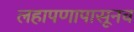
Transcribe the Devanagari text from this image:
लहापणापासूनच